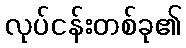
လုပ်ငန်းတစ်ခု၏